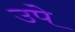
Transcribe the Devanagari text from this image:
उपे